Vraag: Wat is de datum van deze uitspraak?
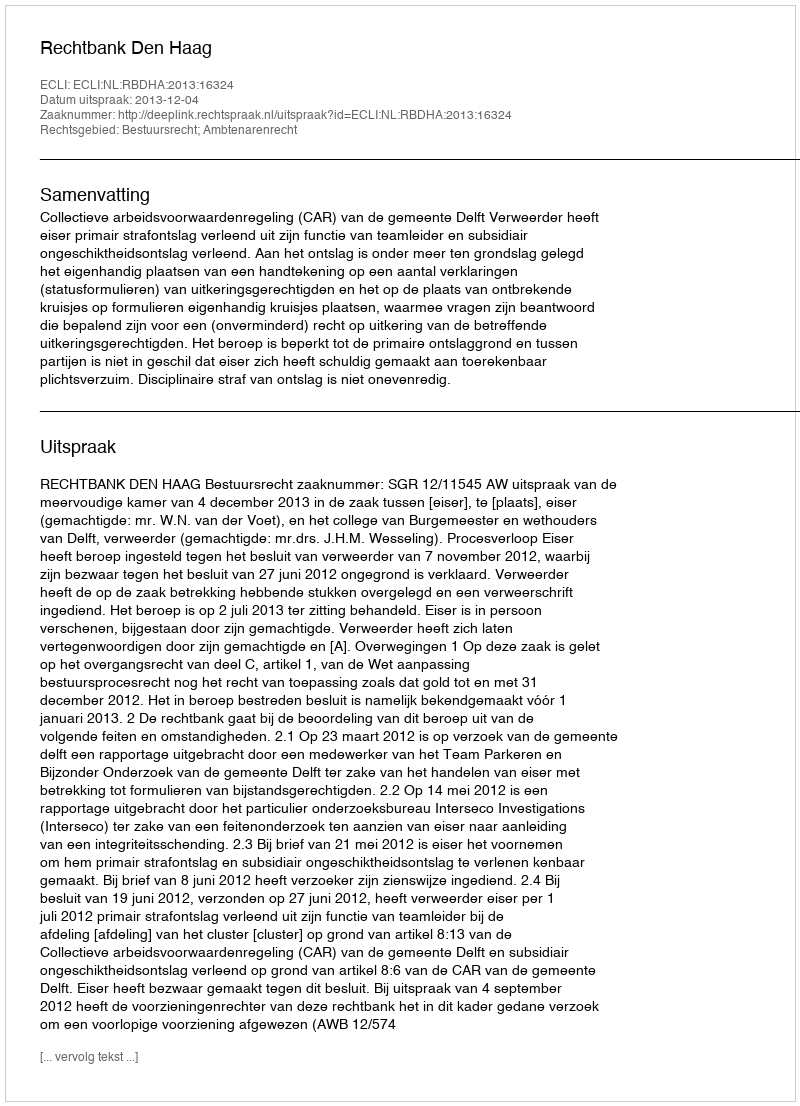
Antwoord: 2013-12-04